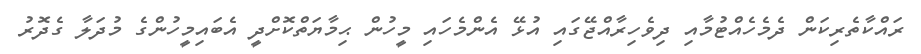
ރައްކާތެރިކަން ދެމެހެއްޓުމާއި ދިވެހިރާއްޖޭގައި އުޅޭ އެންމެހައި މީހުން ޙިމާޔަތްކޮށްދީ އެބައިމީހުންގެ މުދަލާ ގެދޮރު